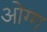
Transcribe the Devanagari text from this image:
ओग्ग